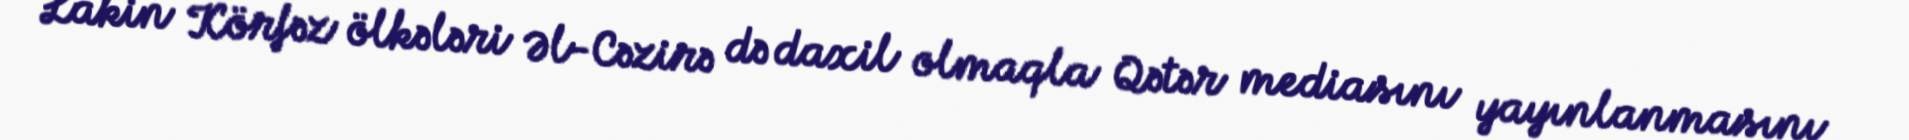
Lakin Körfəz ölkələri Əl-Cəzirə də daxil olmaqla Qətər mediasını yayınlanmasını